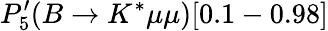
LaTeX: P_{5}^{\prime}(B\to K^{*}\mu\mu)[0.1-0.98]